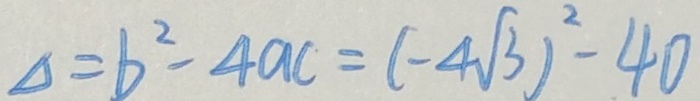
\Delta = b ^ { 2 } - 4 a c = ( - 4 \sqrt { 3 } ) ^ { 2 } - 4 0